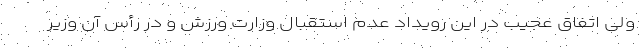
ولی اتفاق عجیب در این رویداد عدم استقبال وزارت ورزش و در رأس آن وزیر